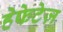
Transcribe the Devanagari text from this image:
हेफेटेज़